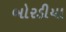
બોરડીયા